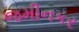
જમીનકર